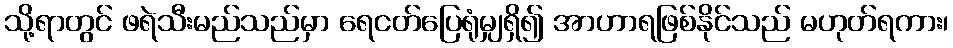
သို့ရာတွင် ဖရဲသီးမည်သည်မှာ ရေငတ်ပြေရုံမျှရှိ၍ အာဟာရဖြစ်နိုင်သည် မဟုတ်ရကား၊